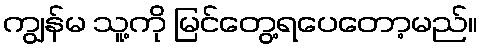
ကျွန်မ သူ့ကို မြင်တွေ့ရပေတော့မည်။